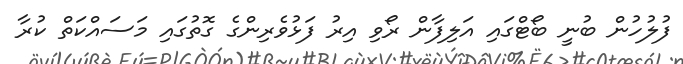
ފުލުހުން ބުނީ ބޯޓްގައި އަލިފާން ރޯވި އިރު ފަޅުވެރިންގެ ގޮތުގައި މަސައްކަތް ކުރާ